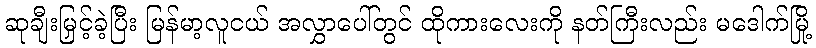
ဆုချီးမြှင့်ခဲ့ပြီး မြန်မာ့လူငယ် အလွှာပေါ်တွင် ထိုကားလေးကို နတ်ကြီးလည်း မဒေါက်မြို့